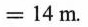
= 1 4 m$$